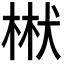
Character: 𭪝